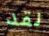
لقد